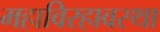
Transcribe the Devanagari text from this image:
महाविरहावस्था